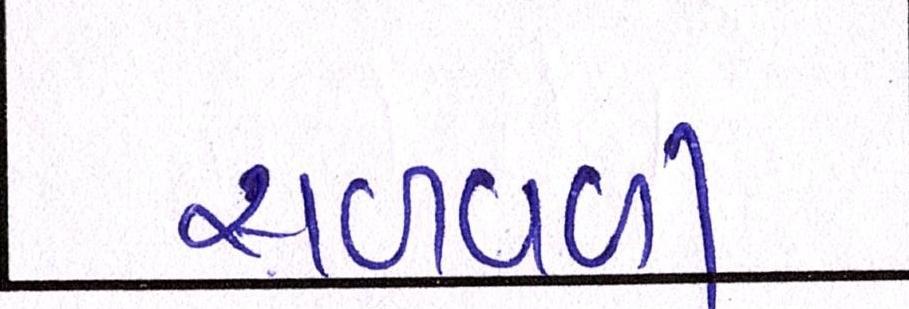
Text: સળવળી